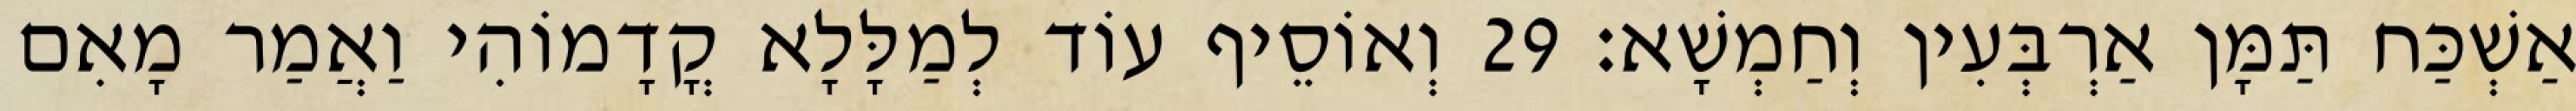
אַשְׁכַּח תַּמָּן אַרְבְּעִין וְחַמְשָׁא׃ 29 וְאוֹסֵיף עוֹד לְמַלָּלָא קֳדָמוֹהִי וַאֲמַר מָאִם